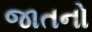
જાતનો